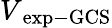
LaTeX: V\mathrm{{_{exp-GCS}}}